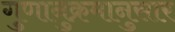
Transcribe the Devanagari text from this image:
गुणानुक्रमानुसार